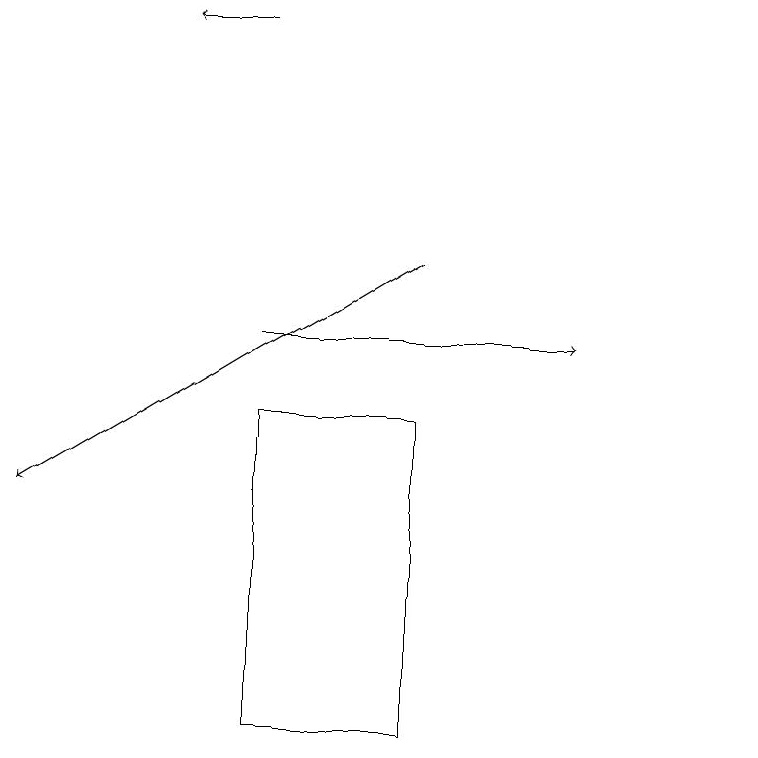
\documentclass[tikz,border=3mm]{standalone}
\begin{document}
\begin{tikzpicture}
\draw[->] (4,19) -- (3,19);
\draw (6,10) rectangle (4,14);
\draw[->] (4,15) -- (8,15);
\draw (10,10) circle (0);
\draw[->] (6,16) -- (1,13);
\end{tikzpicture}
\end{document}